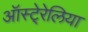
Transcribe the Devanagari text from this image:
ऑस्टे्रेलिया